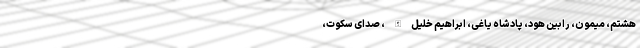
هشتم، میمون، رابین هود، پادشاه یاغی، ابراهیم خلیل‌الله، صدای سکوت،